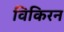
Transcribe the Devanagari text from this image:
विकिरन